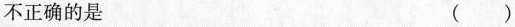
不正确的是 ( )